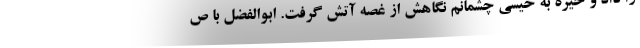
را داد و خیره به خیسی چشمانم نگاهش از غصه آتش گرفت. ابوالفضل با ص